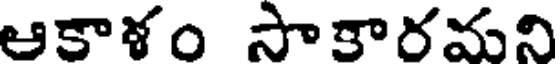
ఆకాళం సాకారమని